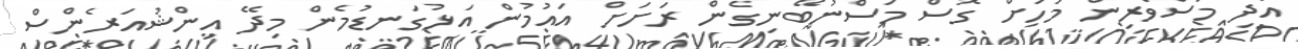
އަދި މަސްވެރިން މަހަށް ގޮސް މަސްނުބޭނިގެން ރަށަށް އައުމުން އަޅުގަނޑުމެން މިދޭ އިންޝުއަރެންސް